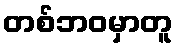
တစ်ဘဝမှာတူ